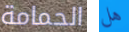
الحمامة هل